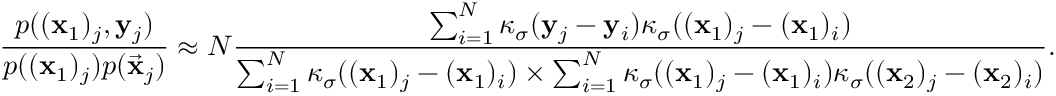
\frac { p ( ( \mathbf { x } _ { 1 } ) _ { j } , \mathbf { y } _ { j } ) } { p ( ( \mathbf { x } _ { 1 } ) _ { j } ) p ( \vec { \mathbf { x } } _ { j } ) } \approx N \frac { \sum _ { i = 1 } ^ { N } \kappa _ { \sigma } ( \mathbf { y } _ { j } - \mathbf { y } _ { i } ) \kappa _ { \sigma } ( ( \mathbf { x } _ { 1 } ) _ { j } - ( \mathbf { x } _ { 1 } ) _ { i } ) } { \sum _ { i = 1 } ^ { N } \kappa _ { \sigma } ( ( \mathbf { x } _ { 1 } ) _ { j } - ( \mathbf { x } _ { 1 } ) _ { i } ) \times \sum _ { i = 1 } ^ { N } \kappa _ { \sigma } ( ( \mathbf { x } _ { 1 } ) _ { j } - ( \mathbf { x } _ { 1 } ) _ { i } ) \kappa _ { \sigma } ( ( \mathbf { x } _ { 2 } ) _ { j } - ( \mathbf { x } _ { 2 } ) _ { i } ) } .